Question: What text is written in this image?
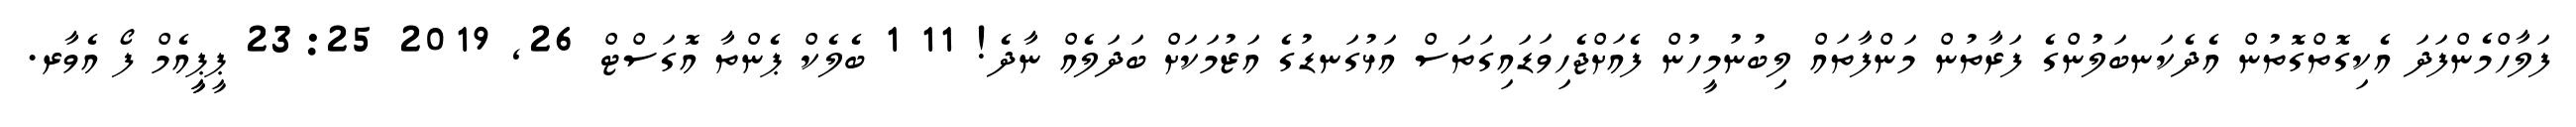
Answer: ފަލާހްމެންފަދަ އެކިގޮތްގޮތުން އެދެކަނބަލުންގެ ފަރާތުން މަންފާތައް ލިބުނުމީހުން ފެއަށްޖެހިވަޑައިގަތަސް އަޅުގަނޑުގެ އަޒުމަކަށް ބަދަލެއް ނާދެ! 11 1 ބެލެކް ޕެންތާ އޮގަސްޓް 26, 2019 23:25 ޕީޕީީއެމް ފޯ އެވާރ.